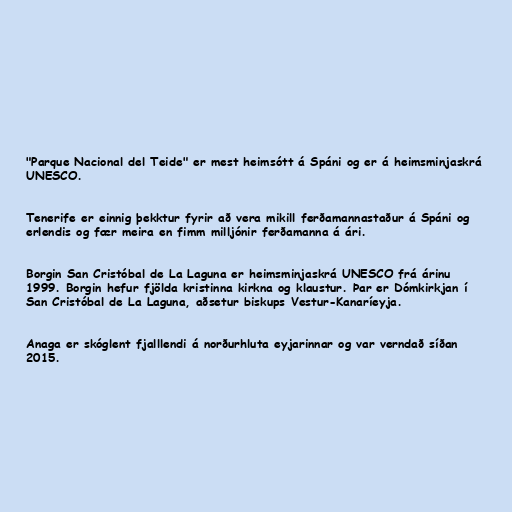
"Parque Nacional del Teide" er mest heimsótt á Spáni og er á heimsminjaskrá
UNESCO.

Tenerife er einnig þekktur fyrir að vera mikill ferðamannastaður á Spáni og
erlendis og fær meira en fimm milljónir ferðamanna á ári.

Borgin San Cristóbal de La Laguna er heimsminjaskrá UNESCO frá árinu
1999. Borgin hefur fjölda kristinna kirkna og klaustur. Þar er Dómkirkjan í
San Cristóbal de La Laguna, aðsetur biskups Vestur-Kanaríeyja.

Anaga er skóglent fjalllendi á norðurhluta eyjarinnar og var verndað síðan
2015.